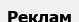
Реклам